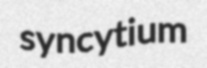
syncytium